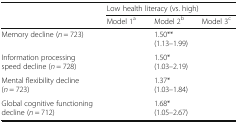
<table><thead><tr><td rowspan="2">[EMPTY_CELL]</td><td colspan="3"><b>Low health literacy (vs. high)</b></td></tr><tr><td><b>Model 1<sup>a</sup></b></td><td><b>Model 2<sup>b</sup></b></td><td><b>Model 3<sup>c</sup></b></td></tr></thead><tbody><tr><td>Memory decline (<i>n</i> = 723)</td><td>[EMPTY_CELL]</td><td>1.50**(1.13–1.99)</td><td>[EMPTY_CELL]</td></tr><tr><td>Information processing speed decline (<i>n</i> = 728)</td><td>[EMPTY_CELL]</td><td>1.50*(1.03–2.19)</td><td>[EMPTY_CELL]</td></tr><tr><td>Mental flexibility decline (<i>n</i> = 723)</td><td>[EMPTY_CELL]</td><td>1.37*(1.03–1.84)</td><td>[EMPTY_CELL]</td></tr><tr><td>Global cognitive functioning decline (<i>n</i> = 712)</td><td>[EMPTY_CELL]</td><td>1.68*(1.05–2.67)</td><td>[EMPTY_CELL]</td></tr></tbody></table>